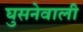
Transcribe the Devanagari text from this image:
घुसनेवाली